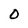
Character: O